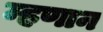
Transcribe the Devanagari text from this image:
म्हणान